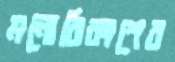
মনোবিকাশের